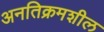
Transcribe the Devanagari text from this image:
अनतिक्रमशील